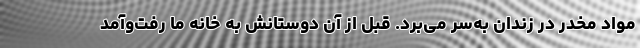
مواد مخدر در زندان به‌سر می‌برد. قبل از آن دوستانش به خانه ما رفت‌وآمد